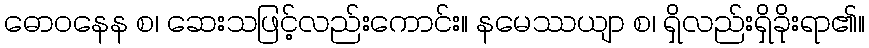
ဓောဝနေန စ၊ ဆေးသဖြင့်လည်းကောင်း။ နမေဿယျာ စ၊ ရှိလည်းရှိခိုးရာ၏။